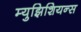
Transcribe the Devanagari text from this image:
म्युझिशियन्स